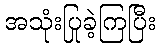
အသုံးပြုခဲ့ကြပြီး